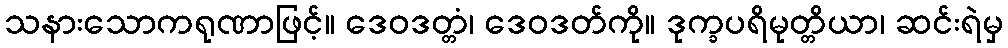
သနားသောကရုဏာဖြင့်။ ဒေဝဒတ္တံ၊ ဒေဝဒတ်ကို။ ဒုက္ခပရိမုတ္တိယာ၊ ဆင်းရဲမှ